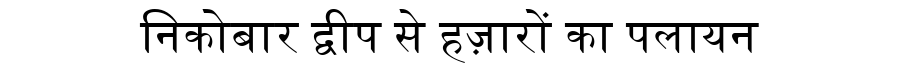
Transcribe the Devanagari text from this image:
निकोबार द्वीप से हज़ारों का पलायन